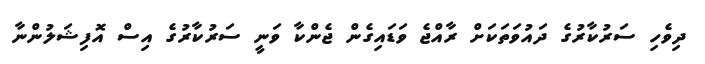
ދިވެހި ސަރުކާރުގެ ދައުވަތަކަށް ރާއްޖެ ވަޑައިގެން ޖެންކާ ވަނީ ސަރުކާރުގެ އިސް އޮފިޝަލުންނާ